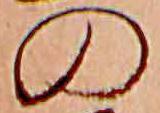
の